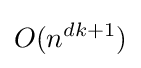
O(n^{dk+1})